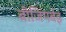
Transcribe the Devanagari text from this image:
बीजिंगबेइ